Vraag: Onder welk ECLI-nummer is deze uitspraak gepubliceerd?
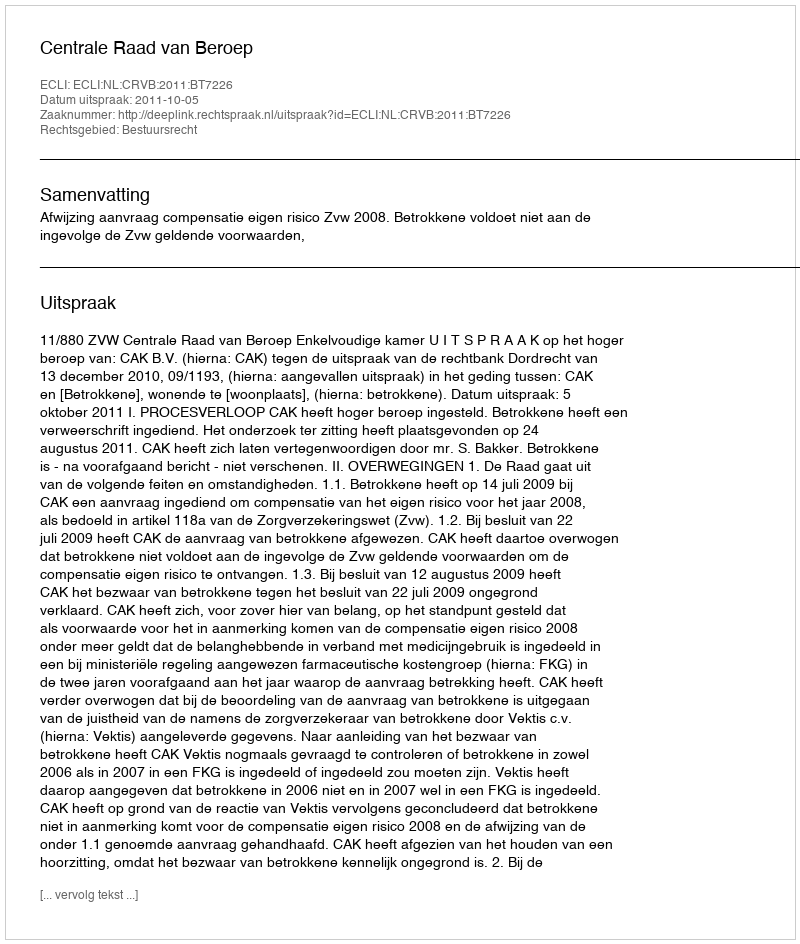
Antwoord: ECLI:NL:CRVB:2011:BT7226